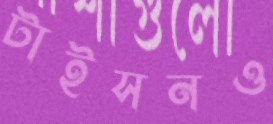
টাইসনও